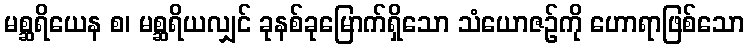
မစ္ဆရိယေန စ၊ မစ္ဆရိယလျှင် ခုနစ်ခုမြောက်ရှိသော သံယောဇဉ်ကို ဟောရာဖြစ်သော